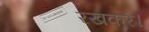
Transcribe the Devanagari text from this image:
रखकर।